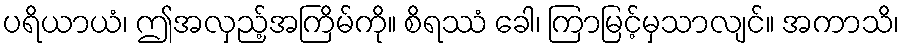
ပရိယာယံ၊ ဤအလှည့်အကြိမ်ကို။ စိရဿံ ခေါ၊ ကြာမြင့်မှသာလျင်။ အကာသိ၊